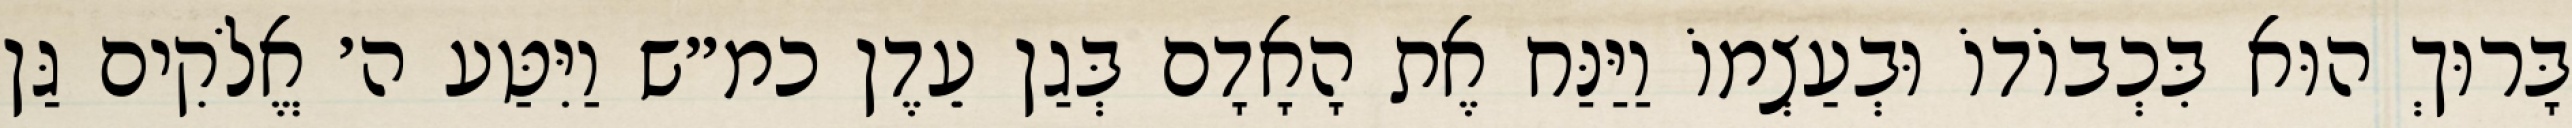
בָּרוּךְ הוּא בִּכְבוֹדוֹ וּבְעַצְמוֹ וַיַּנַּח אֶת הָאָדָם בְּגַן עֵדֶן כמ״ש וַיִּטַּע ה׳ אֱלֹקִים גַּן